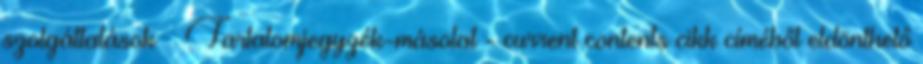
szolgáltatások  Tartalomjegyzék-másolat - current contents cikk címéből eldönthető